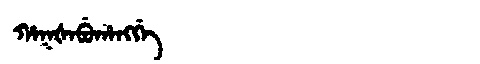
Manchu: ᡥᠠᡴᡧᠠᠪᡠᡥᠠᠩᡤᡝ
Romanization: HAKŠABUHANGGE